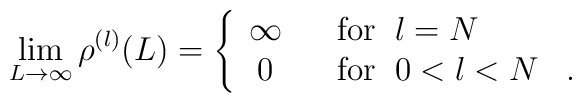
\lim_{L \rightarrow \infty} \rho^{(l)}(L) =\left\{ \begin{array}{cl}\infty & \; \; \; \mbox{for}\;\; l = N \\0 & \; \; \; \mbox{for}\;\; 0 < l < N  \; \; \; .\end{array} \right.